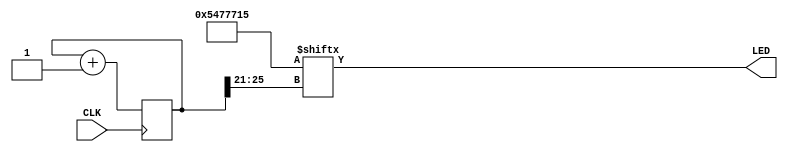

// Adapted from the official example:
//  https://github.com/tinyfpga/TinyFPGA-BX/blob/master/apio_template/top.v

module top(input wire  CLK,
           output wire LED);

  parameter n = 26;
  reg [n-1:0] clk_counter = 0;

  always @(posedge CLK) begin
    clk_counter <= clk_counter + 1;
  end

  // SOS pattern
  wire[31:0] blink_pattern = 32'b101010001110111011100010101;

  assign LED = blink_pattern[clk_counter[n-1:n-5]];
endmodule